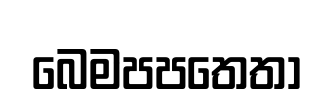
බෙමපපතෙතා